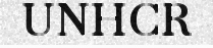
UNHCR